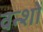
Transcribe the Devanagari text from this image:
वन्शों